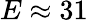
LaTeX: E\approx 31